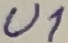
Text: U1